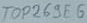
Text: TOP269F6